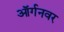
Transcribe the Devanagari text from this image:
ऑर्गनवर